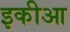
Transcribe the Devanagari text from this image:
इकीआ